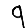
Digit: 9